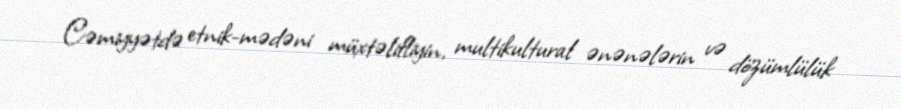
Cəmiyyətdə etnik-mədəni müxtəlifliyin, multikultural ənənələrin və dözümlülük